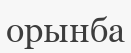
орынба